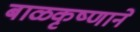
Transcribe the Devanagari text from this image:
बाळकृष्णाने